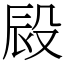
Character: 㲀